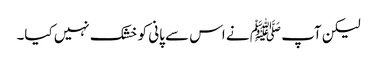
لیکن آپ ﷺ نے اس سے پانی کو خشک نہیں کیا۔